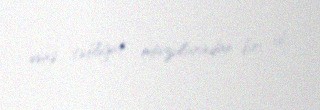
əsas təbliğat mövzularından biri idi.